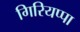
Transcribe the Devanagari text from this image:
गिरियप्पा